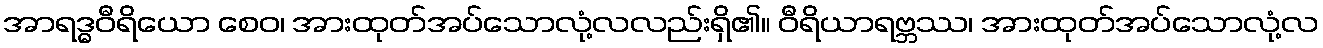
အာရဒ္ဓဝီရိယော စေဝ၊ အားထုတ်အပ်သောလုံ့လလည်းရှိ၏။ ဝီရိယာရဗ္ဘဿ၊ အားထုတ်အပ်သောလုံ့လ